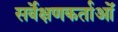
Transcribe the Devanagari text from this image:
सर्वेक्षणकर्ताओं